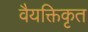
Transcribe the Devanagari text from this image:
वैयक्तिकृत